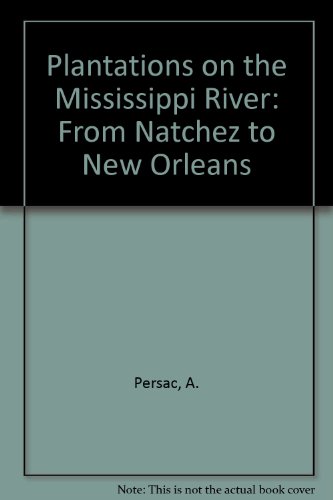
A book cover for Plantations on the Mississippi River: From Natchez to New Orleans; A. Persac; Travel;